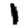
Digit: 1